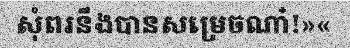
សុំពរនឹងបានសម្រេចណា៎!»«